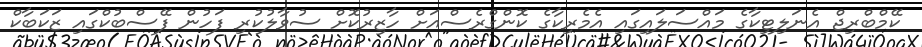
ކޭމްބްރިޖް އެނަލިޓިކާގެ މައްސަލައިގައި އެމެރިކާގެ ކޮންގްރެސްއަށް ހާޒިރުކޮށް ސުވާލުކުރި ފަހުން ފޭސްބުކްގައި ޒަކަބާކް